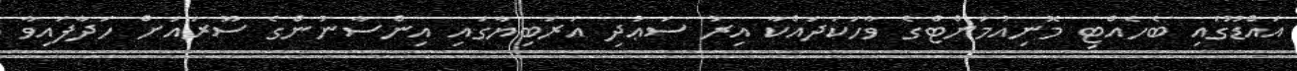
އައްޑޫގައި ބެހެއްޓި މޮނިއުމަންޓްގެ ވާހަކަދައްކާ އިރު ސަޢުދި އަރަބިޔާގައި އިންސާނުންގެ ސޫރައަށް ހަދާފައިވާ